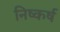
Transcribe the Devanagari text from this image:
निष्कर्ष